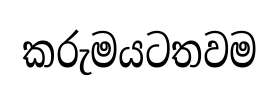
කරුමයටතවම